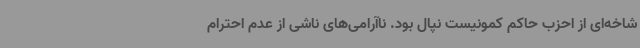
شاخه‌ای از احزب حاکم کمونیست نپال بود. ناآرامی‌های ناشی از عدم احترام